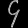
Digit: ၄